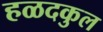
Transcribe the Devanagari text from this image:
हळदकुल